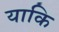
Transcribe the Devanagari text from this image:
याकि